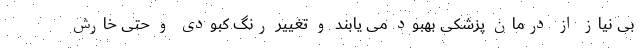
بی نیاز از درمان پزشکی بهبود می یابند و تغییر رنگ کبودی و حتی خارش